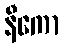
နီကော